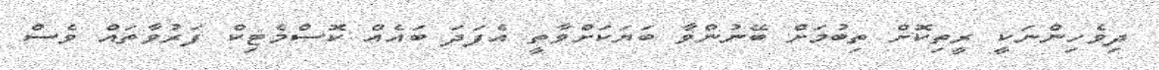
ދިވެހިންނަކީ ރީތިކޮށް ތިބުމަށް ބޭނުންވާ ބަޔަކަށްވާތީ އެފަދަ ބައެއް ކޮސްމެޓިކް ފަރުވާތައް ވެސް